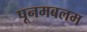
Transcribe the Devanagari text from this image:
पूनमबलम